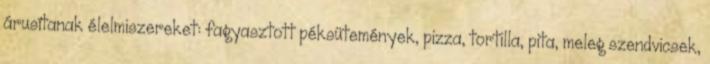
árusítanak élelmiszereket: fagyasztott péksütemények, pizza, tortilla, pita, meleg szendvicsek,